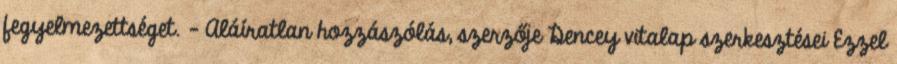
fegyelmezettséget. – Aláíratlan hozzászólás, szerzője Dencey vitalap szerkesztései Ezzel